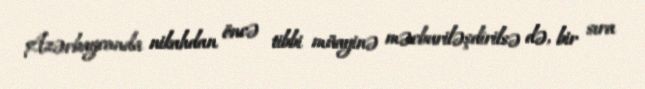
Azərbaycanda nikahdan öncə tibbi müayinə məcburiləşdirilsə də, bir sıra